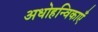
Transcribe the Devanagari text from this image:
अधोहन्विकाएँ